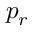
p _ { r }